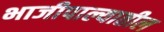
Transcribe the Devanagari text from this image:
भाजीपाल्यातील